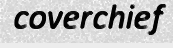
coverchief